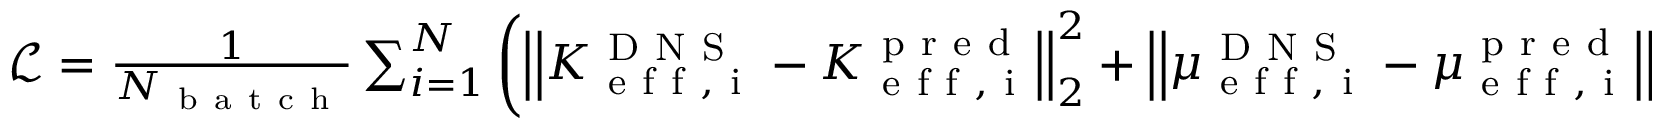
\begin{array} { r } { \mathcal { L } = \frac { 1 } { N _ { \mathrm { ~ b ~ a ~ t ~ c ~ h ~ } } } \sum _ { i = 1 } ^ { N } \left( \left| \left| K _ { \mathrm { ~ e ~ f ~ f ~ , ~ i ~ } } ^ { \mathrm { ~ D ~ N ~ S ~ } } - K _ { \mathrm { ~ e ~ f ~ f ~ , ~ i ~ } } ^ { \mathrm { ~ p ~ r ~ e ~ d ~ } } \right| \right| _ { 2 } ^ { 2 } + \left| \left| \mu _ { \mathrm { ~ e ~ f ~ f ~ , ~ i ~ } } ^ { \mathrm { ~ D ~ N ~ S ~ } } - \mu _ { \mathrm { ~ e ~ f ~ f ~ , ~ i ~ } } ^ { \mathrm { ~ p ~ r ~ e ~ d ~ } } \right| \right| _ { 2 } ^ { 2 } \right) , } \end{array}